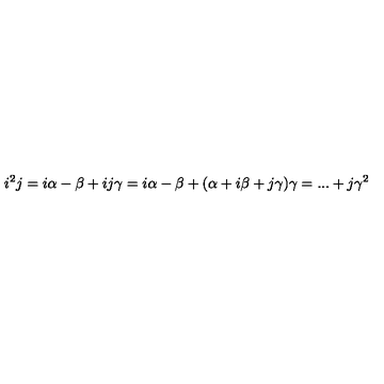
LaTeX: i ^ { 2 } j = i \alpha - \beta + i j \gamma = i \alpha - \beta + ( \alpha + i \beta + j \gamma ) \gamma = . . . + j \gamma ^ { 2 }